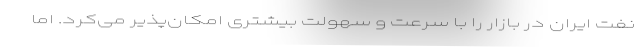
نفت ایران در بازار را با سرعت و سهولت بیشتری امكان‌پذیر می‌كرد. اما